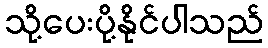
သို့ပေးပို့နိုင်ပါသည်